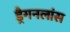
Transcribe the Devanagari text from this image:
ड्रैगनलांस